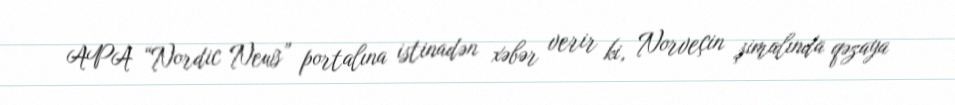
APA “Nordic News” portalına istinadən xəbər verir ki, Norveçin şimalında qəzaya